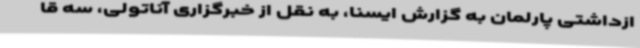
ازداشتی پارلمان به گزارش ایسنا، به نقل از خبرگزاری آناتولی، سه قا